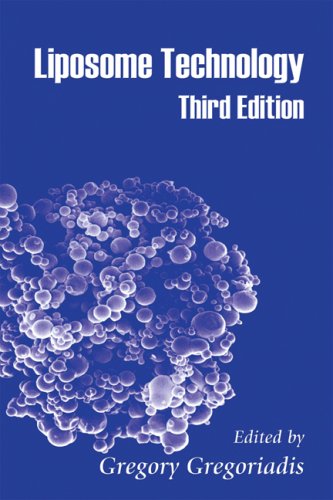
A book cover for Liposome Technology, Third Edition; Medical Books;